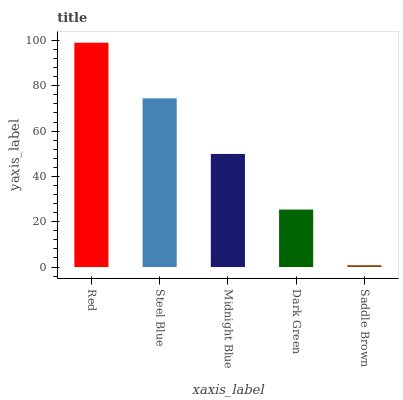
| xaxis_label | bars |
 | --- | --- |
 | Red | 99 |
 | Steel Blue | 74.5 |
 | Midnight Blue | 49.9 |
 | Dark Green | 25.4 |
 | Saddle Brown | 0.817 |